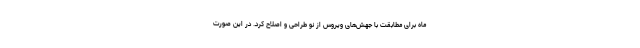
ماه برای مطابقت با جهش‌های ویروس از نو طراحی و اصلاح کرد. در این صورت